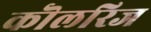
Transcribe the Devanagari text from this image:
कॊलरिज